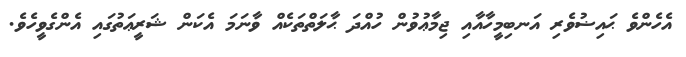
އެހެންވެ ޙައިޟުވެރި އަނބިމީހާއާއި ޖިމާޢުވުން ހުއްދަ ޙާލަތްތަކެއް ވާނަމަ އެކަން ޝަރީޢަތުގައި އެންގެވީހެވެ.